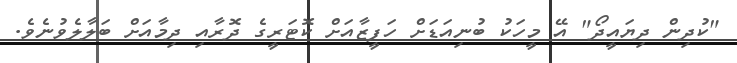
"ކުދިން ދިޔައީދޯ" އޭ މީހަކު ބުނިއަޑަށް ހަފީޒާއަށް ކޮޓަރީގެ ދޮރާއި ދިމާއަށް ބަލާލެވުނެވެ.